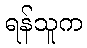
ရန်သူက